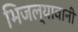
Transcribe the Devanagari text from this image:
भिजल्यावानी